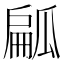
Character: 㼐